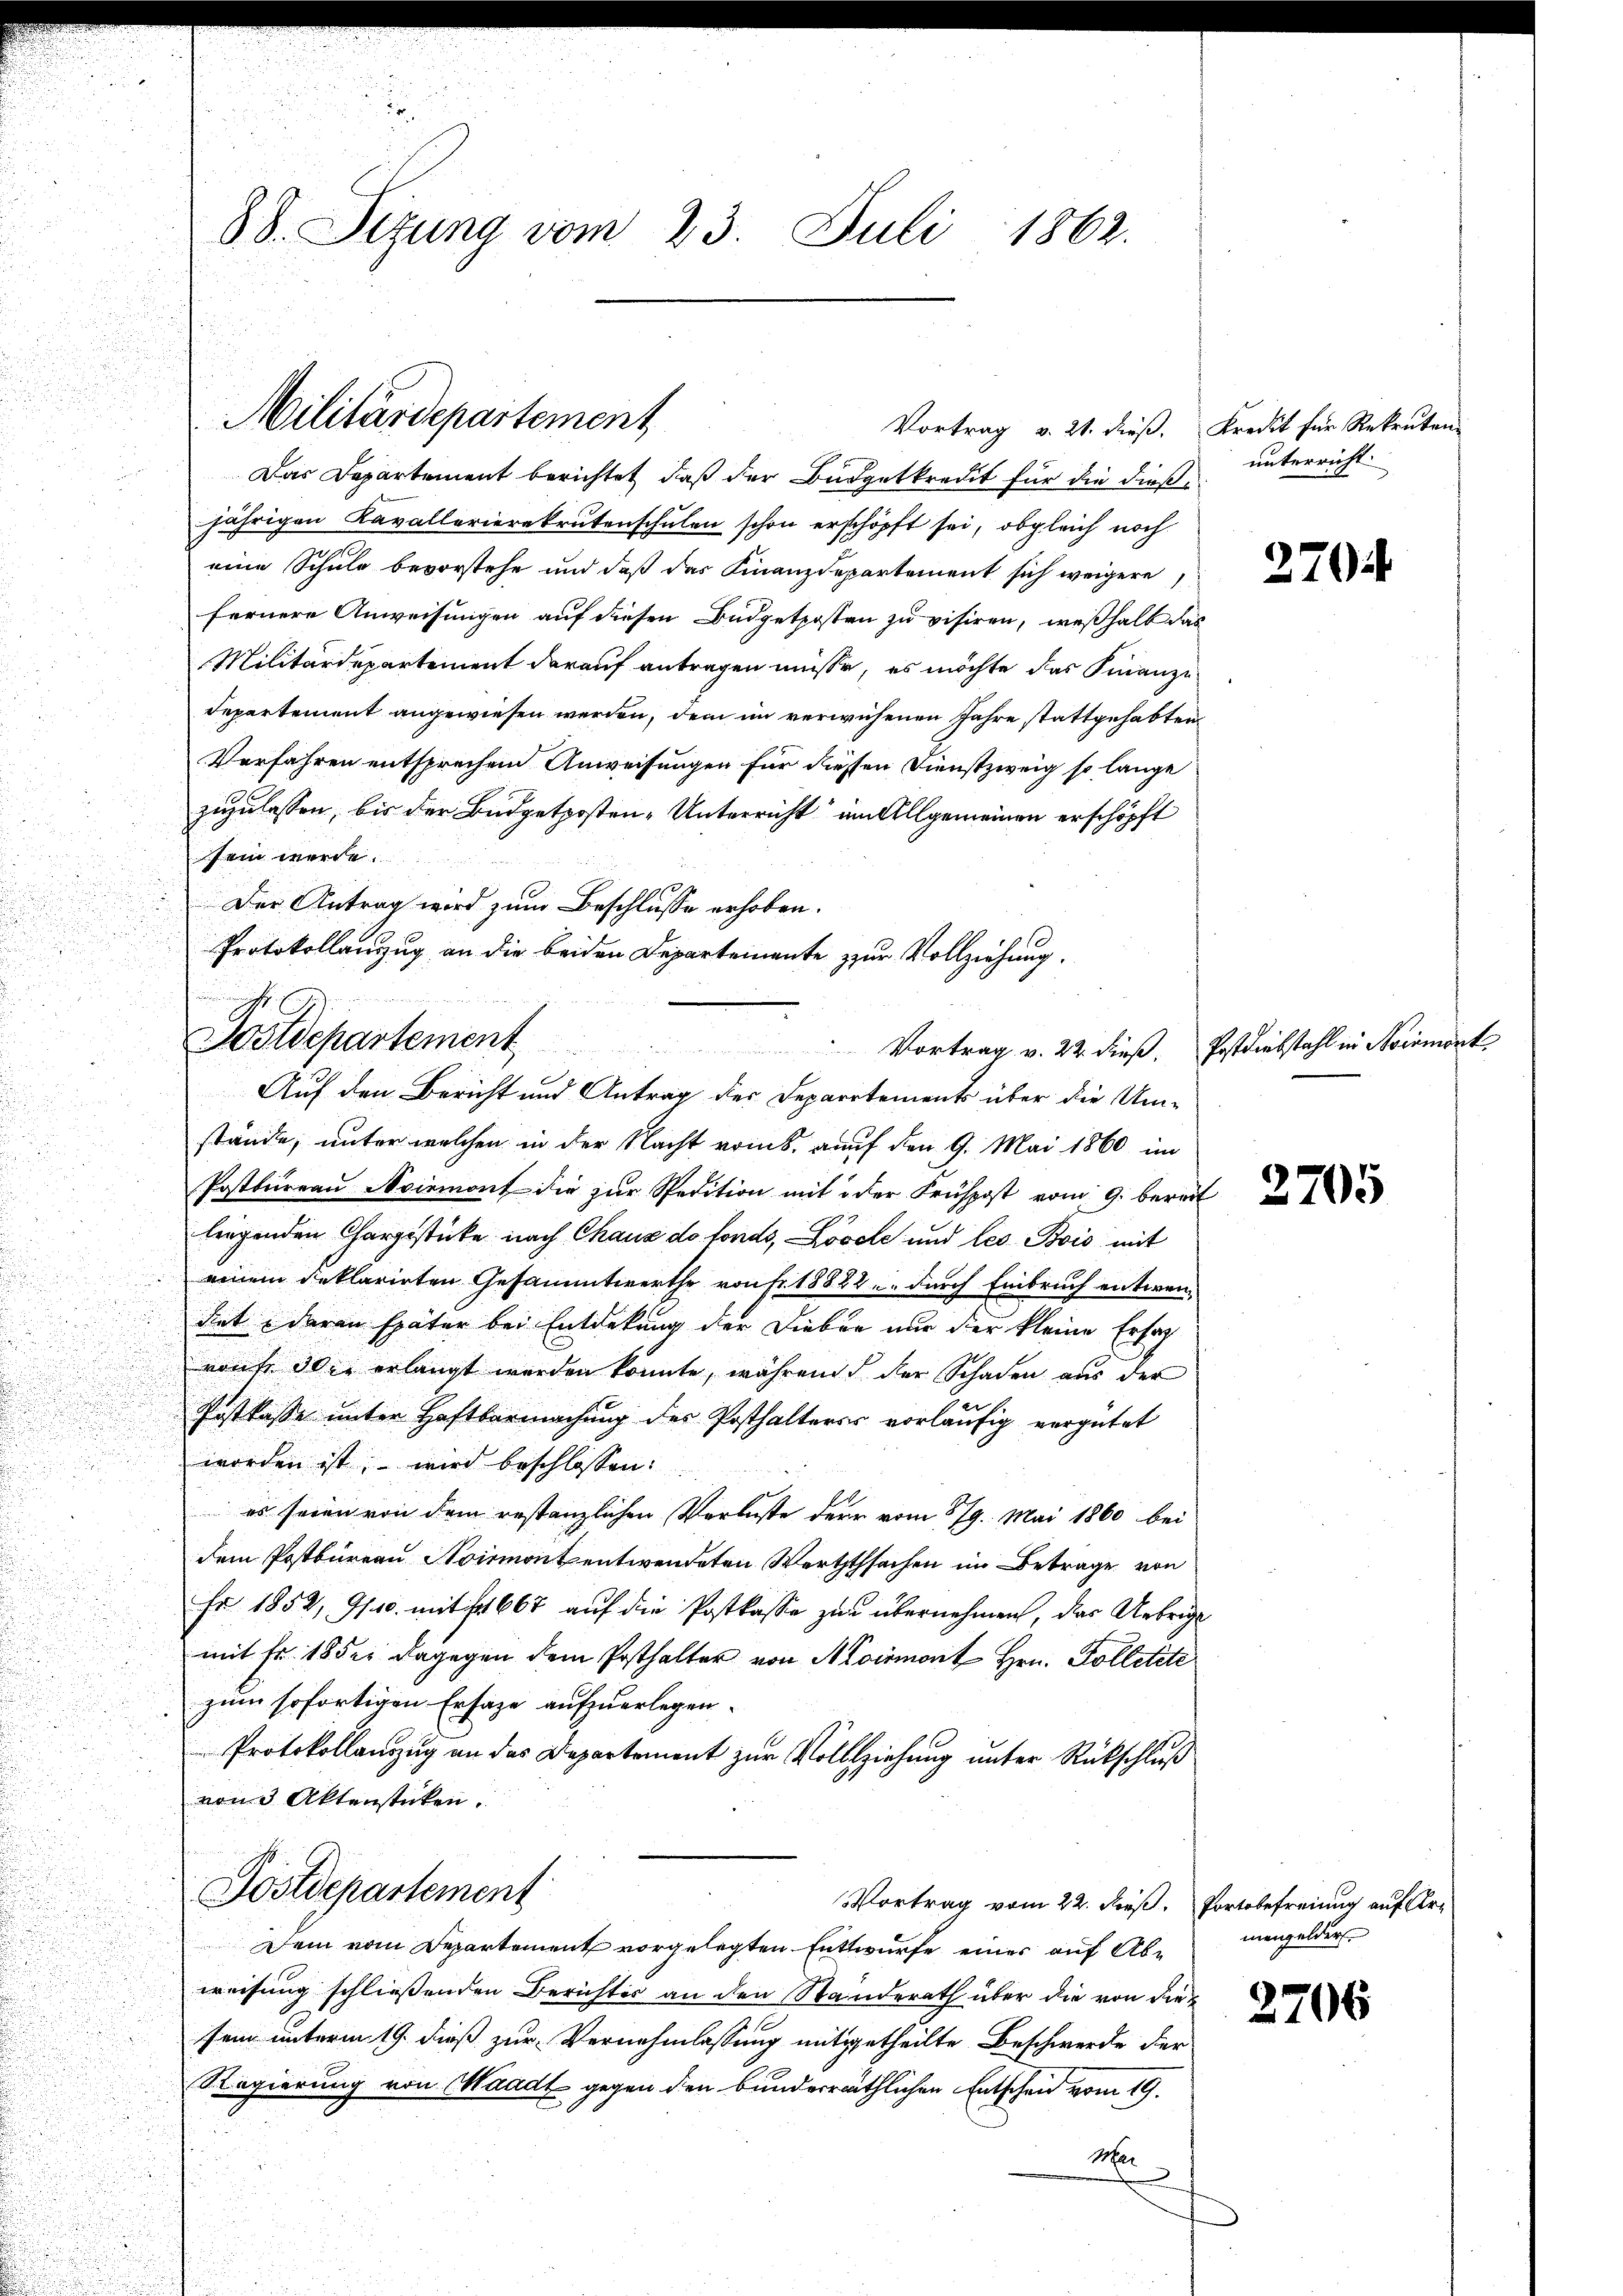
.

88. Sezung vom 23. Juli 1862.

Militärdepartement

Vortrag v. 21. dieß, Kredit für Rekruten-
Das Departement berichtet, daß der Budgetkredit für die dießjährigen Kavallerierekrutenschulen schon erschöpft sei, obgleich noch
eine Schule bevorstehe und daß das Finanzdepartement sich weigere
fernere Anweisungen auf diesen Budgetposten zu visiren, weßhalb das
Militärdepartement darauf antragen müsse, es möchte das Finanze
Departement angewiesen werden, dem im verwichenen Jahre stattgehabten
Verfahren entsprechen Anweisungen für diesen Dienstzweig so lange
zuzulassen, bis der Budgetposten-Unterricht am Allgemeinen erschöpft
sein werde.
 Der Antrag wird zum Beschlusse erhoben.
stände, unter welchen in der Nacht vom 8. auf den 9. Mai 1860 im
Postbureau Aviemont die zur Spedition mit oder Frühpost vom 9. bereit
liegenden Chargestücke nach Chaus de fonds, Lösche und les Bois mit
einem Deklarirten Gesammtwerthe von Fr. 1888 u. durch Einbruch entwendet daran später bei Entdekung der Dieber nur der kleine Ersat
raufe die erlangt werden könnte, während der Schaden aus der
Postkasse unter Haftbarmachung des Posthalteres vorläufig vergütet
worden ist, – wird beschlossen:
es seien von dem restanzlichen Verluste dere vom 579. Mai 1860 bei
dem Postbureau Noirmont entwendeten Werththsachen im Betrage von
Er 1852, 9/10. mit 1667 auf die Postkasse zur übernehmen, das Uebrige
mit Fr. 18 der dagegen dem Posthalter von Moirmont Hrn. Kolletete
zum sofortigen Ersage aufzuerlegen.
Protokollauszug an das Departement zur Vollziehung unter Rückschluß
von Aktenstücken.

Protokollanzug an die beiden Departemente zur Vollziehung.

Woldepartement
Auf den Bericht und Antrag des Departements über die Um¬

Postdepartement
Vortrag vom 22. dieß. Portobefreiung auf Ar¬

Dein vom Departement vorgelegten Entwurfe einer auf Abweisung schliessenden Berichtes an den Standerath über die von die
sein unterm 19. dieß zur Vernehmlassung mitgetheilte Beschwerde der
Regierung von Waadt gegen den bunderräthlichen Entschen vom 19.
M

unterricht.

Vortrag v. 22. dieß. Postdiebstahl in Noirmont

2704

3705

mengelder

2706